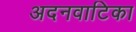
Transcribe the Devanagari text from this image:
अदनवाटिका